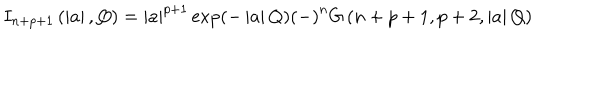
LaTeX: I _ { n + p + 1 } \left( \left| a \right| , Q \right) = \left| a \right| ^ { p + 1 } \exp \left( - \left| a \right| Q \right) \left( - \right) ^ { n } G \left( n + p + 1 , p + 2 , \left| a \right| Q \right)